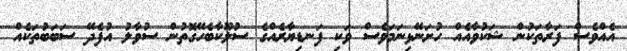
އެއްވެސް ފަރާތަކުން ޝަކުވާއެއް ހުށަނޭޅިނަމަވެސް ވަކި ފަނޑިޔާރެއްގެ ސުލޫކާބެހޭގޮތުން ސުވާލު އުފެދޭ ސަބަބުތަކެއް